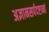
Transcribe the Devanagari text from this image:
अज्ञानसर्पदष्टानां